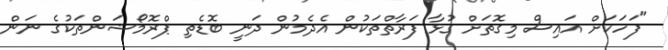
"ފަހަކަށް އައިސް މިގޮތަށް ގުޅާ ފަރާތްތަކުން އެދެމުން ދަނީ ބޮޑެތި ޕްރޮމޯޝަންތަކުގެ ނަން